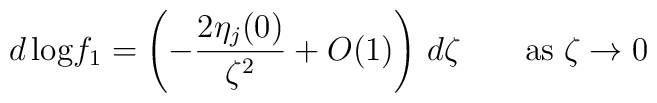
d\,{\rm log}f_{1}=\left( -\frac{2 \eta_{j}(0)}{\zeta^{2}}+O(1)\right)\,d\zeta\;\;\;\;\;\;\;{\rm as}\;\zeta\rightarrow 0